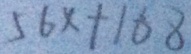
5 6 x + 1 6 8